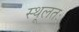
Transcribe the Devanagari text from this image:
स्थूलतः